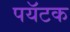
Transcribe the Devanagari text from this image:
पयॅटक